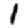
Digit: 1